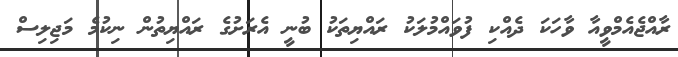
ރާއްޖެއެމްވީއާ ވާހަކަ ދެއްކި ފުވައްމުލަކު ރައްޔިތަކު ބުނީ އެރަށުގެ ރައްޔިތުން ނިކުމެ މަޖިލިސް